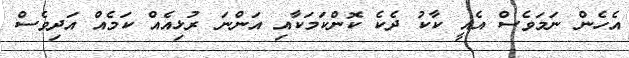
އެހެން ނަމަވެސް އެއީ ކާކު ދެކެ ކޮންކަމަކާއި އަންނަ ރުޅިއެއް ކަމެއް އަދިވެސް